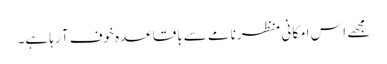
مجھے اس امکانی منظرنامے سے باقاعدہ خوف آ رہا ہے۔